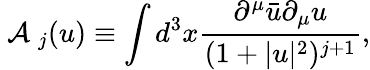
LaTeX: \mathrm{~\cal{A}~}_{j}(u)\equiv\int d^{3}x\frac{\partial^{\mu}\bar{u}\partial_{\mu}u}{(1+|u|^{2})^{j+1}},